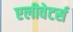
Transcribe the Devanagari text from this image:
एलीवेटर्स